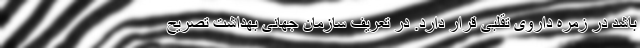
باشد در زمره داروی تقلبی قرار دارد. در تعریف سازمان جهانی بهداشت تصریح